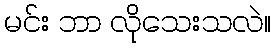
မင်း ဘာ လိုသေးသလဲ။